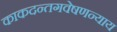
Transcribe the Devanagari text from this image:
काकदन्तगवेषणन्याय